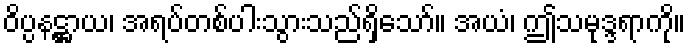
ဝိပ္ပနဋ္ဌာယ၊ အရပ်တစ်ပါးသွားသည်ရှိသော်။ အယံ၊ ဤသမုဒ္ဒရာကို။